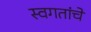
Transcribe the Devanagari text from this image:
स्वगतांचे